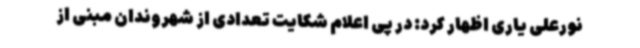
نورعلی یاری اظهار کرد: در پی اعلام شکایت تعدادی از شهروندان مبنی از